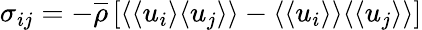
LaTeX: \sigma_{ij}=-\overline{{\rho}}\left[\langle\langle u_{i}\rangle\langle u_{j}\rangle\rangle-\langle\langle u_{i}\rangle\rangle\langle\langle u_{j}\rangle\rangle\right]